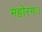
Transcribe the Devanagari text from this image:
महोरगः।